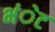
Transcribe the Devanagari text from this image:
भंेट